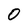
Character: 0